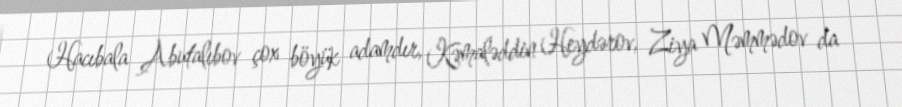
Hacıbala Abutalıbov çox böyük adamdır, Kəmaləddin Heydərov, Ziya Məmmədov da